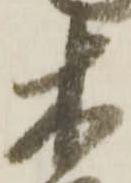
木